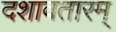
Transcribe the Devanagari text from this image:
दशावतारम्‌